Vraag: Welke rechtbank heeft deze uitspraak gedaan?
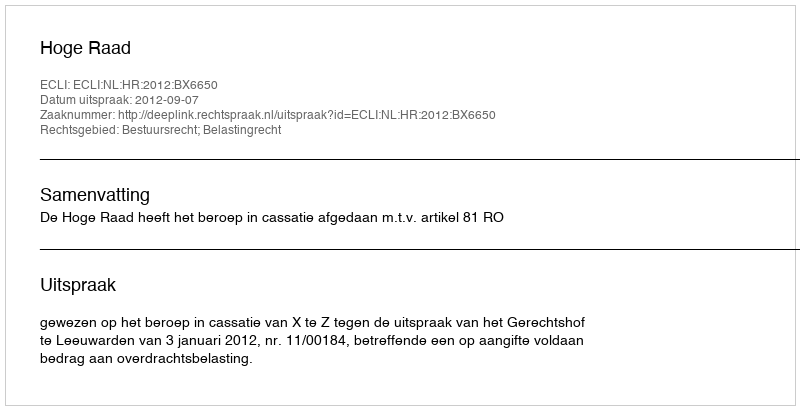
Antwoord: Hoge Raad